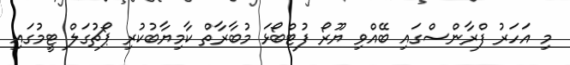
މި އަހަރު ފްރާންސްގައި ބޭއްވި ޔޫރޯ ފުޓްބޯޅަ މުބާރާތް ކާމިޔާބުކުރި ޕޯޗުގަލް ޓީމުގައި